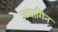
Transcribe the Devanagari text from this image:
ज़्व्यागिन